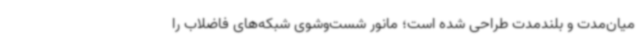
میان‌مدت و بلندمدت طراحی شده است؛ مانور شست‌وشوی شبکه‌های فاضلاب را